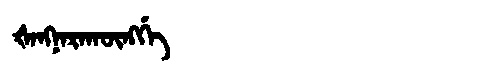
Manchu: ᡧᠠᠩᠨᠠᡵᠠᡴᡡᠩᡤᡝ
Romanization: ŠANGNARAKŪNGGE